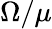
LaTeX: \Omega/\mu